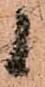
候